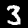
Digit: 3